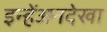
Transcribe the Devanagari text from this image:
इन्हेंअनदेखा